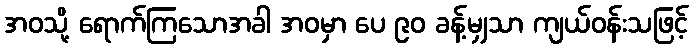
အဝသို့ ရောက်ကြသောအခါ အဝမှာ ပေ ၉၀ ခန့်မျှသာ ကျယ်ဝန်းသဖြင့်